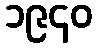
၁၉၄၀